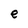
Character: e